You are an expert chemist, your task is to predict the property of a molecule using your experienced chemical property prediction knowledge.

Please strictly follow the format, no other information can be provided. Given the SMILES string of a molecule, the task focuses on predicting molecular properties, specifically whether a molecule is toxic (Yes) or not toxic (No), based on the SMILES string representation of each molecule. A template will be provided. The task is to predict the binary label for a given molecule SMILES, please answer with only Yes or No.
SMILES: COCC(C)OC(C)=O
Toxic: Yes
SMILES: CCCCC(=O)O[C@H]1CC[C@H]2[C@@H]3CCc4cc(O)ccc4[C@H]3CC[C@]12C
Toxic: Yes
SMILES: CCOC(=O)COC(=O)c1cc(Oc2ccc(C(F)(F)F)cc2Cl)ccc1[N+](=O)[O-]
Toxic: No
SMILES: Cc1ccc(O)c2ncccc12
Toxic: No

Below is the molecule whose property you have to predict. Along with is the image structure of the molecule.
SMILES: CC(Oc1c(Cl)cccc1Cl)C1=NCCN1
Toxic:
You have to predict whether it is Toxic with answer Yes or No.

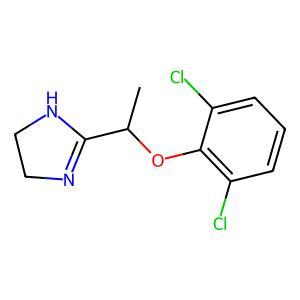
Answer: No